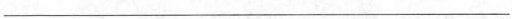
___